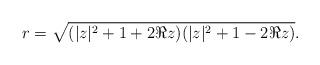
LaTeX: \begin{align*}r=\sqrt{(|z|^2+1+2\Re{z})(|z|^2+1-2\Re{z})}.\end{align*}